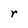
Character: r